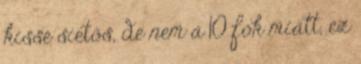
kissé sietős, de nem a 10 fok miatt, ez